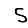
Digit: 5